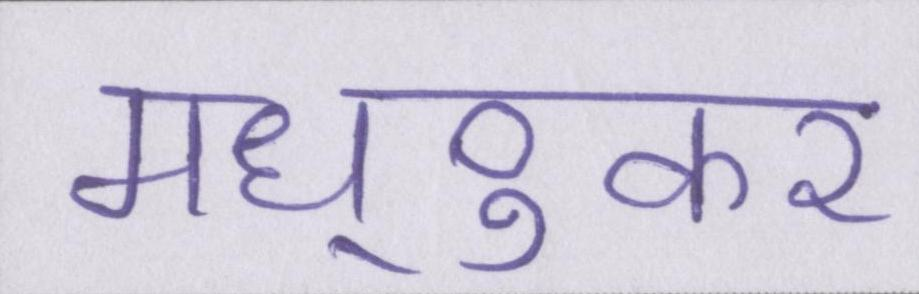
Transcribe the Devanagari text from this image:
मध्ुकर